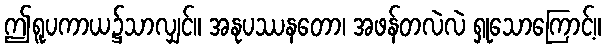
ဤရူပကာယ၌သာလျှင်။ အနုပဿနတော၊ အဖန်တလဲလဲ ရှုသောကြောင့်။